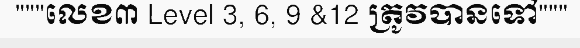
"""លេខ៣ Level 3, 6, 9 &12 ត្រូវបានទៅ"""